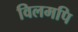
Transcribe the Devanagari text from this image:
विलमपि